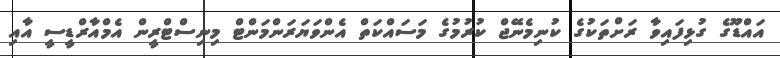
އައްޑޫގެ ގުޅިފައިވާ ރަށްތަކުގެ ކުނިމެނޭޖް ކުރުމުގެ މަސައްކަތް އެންވަޔަރަންމަންޓް މިނިސްޓްރީން އެމްއާރްޑީސީ އާއި